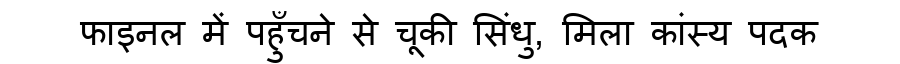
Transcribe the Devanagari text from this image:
फाइनल में पहुँचने से चूकी सिंधु, मिला कांस्य पदक